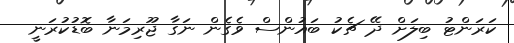
ކަރަންޓު ބިލަށް ދޭ ޗެކު ބައުންސް ވެގެން ނަގާ ޖޫރިމަނާ ބޮޑުކުރަނީ